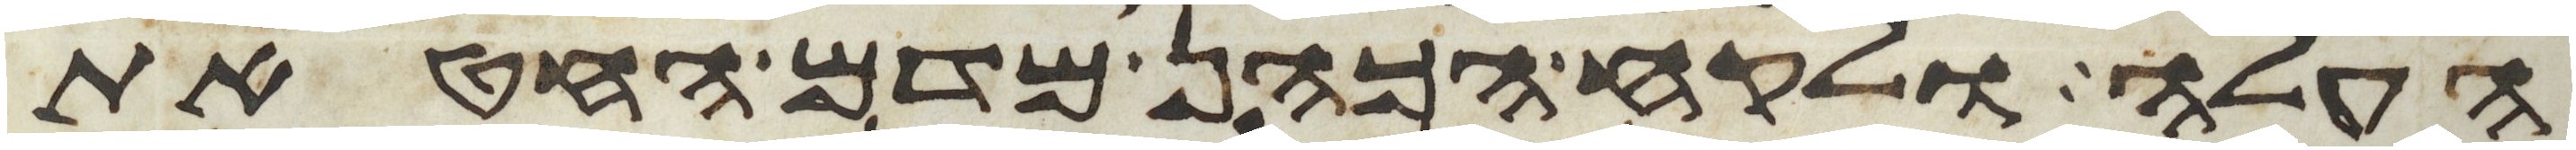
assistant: העלה ולקח הכהן מדם החטאת